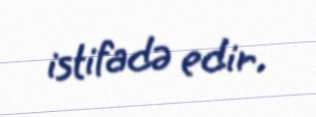
istifadə edir.